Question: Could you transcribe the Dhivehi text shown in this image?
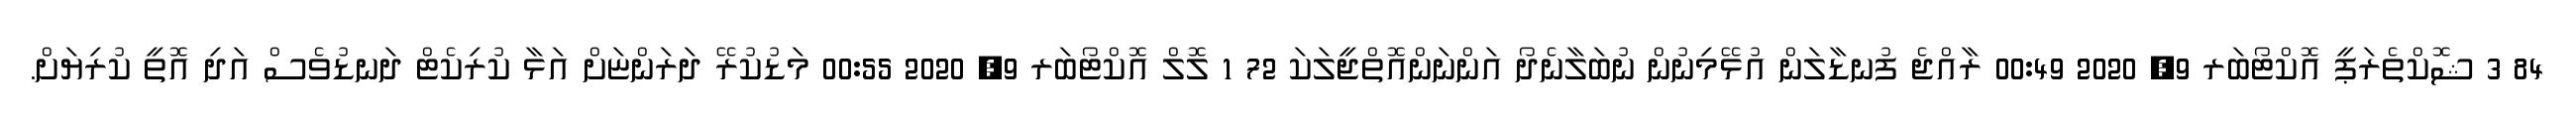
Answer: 84 3 ޝޮކްތެރަޕީ އޮކްޓޯބަރ 9, 2020 00:49 ރާއްޖެ ފުނޑާލަން އުޅޭމިނުން ނުބަލާނެދޯ އަންނަންއޮތްޖީލަކަ 72 1 ލޮލް އޮކްޓޯބަރ 9, 2020 00:55 މަޑުކުރޭ ދަރަންޏަށް އަޅާ ކުރިކެޓް ދަނޑުވެސް އަދި އޮތީ ކުރިޔަށް.